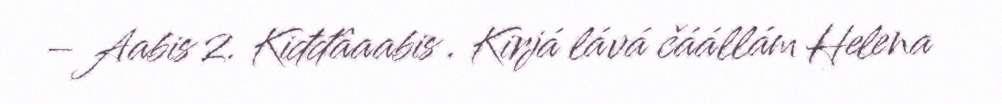
– Aabis 2. Kiđđâaabis . Kirjá lává čáállám Helena